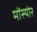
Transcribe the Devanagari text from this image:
मोंस्योर